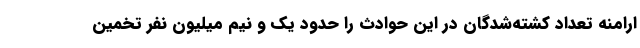
ارامنه تعداد کشته‌شدگان در این حوادث را حدود یک و نیم میلیون نفر تخمین